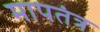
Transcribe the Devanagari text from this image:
मापतंत्र